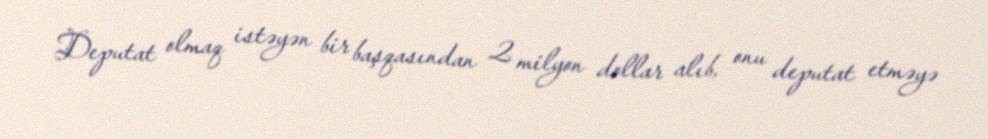
Deputat olmaq istəyən bir başqasından 2 milyon dollar alıb, onu deputat etməyə